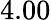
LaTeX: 4.00